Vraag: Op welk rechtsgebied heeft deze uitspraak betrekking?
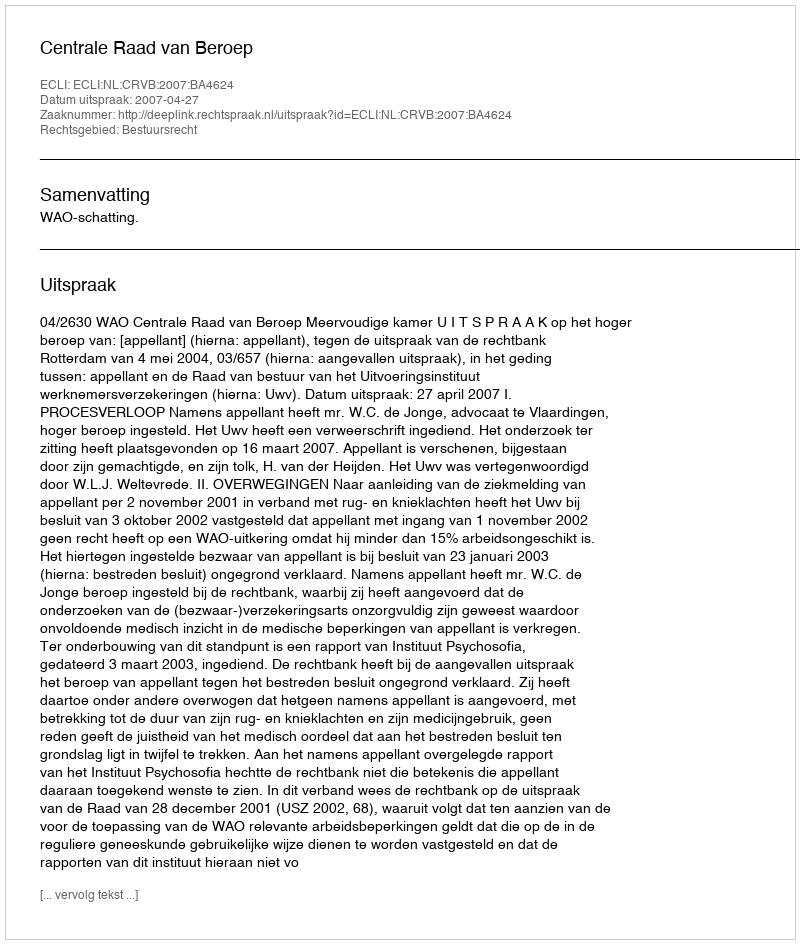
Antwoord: Bestuursrecht